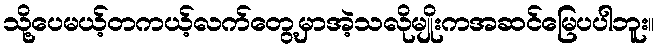
သို့ပေမယ့်တကယ့်လက်တွေ့မှာအဲ့သလိုမျိုးကအဆင်မြေပပါဘူး။